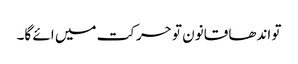
تو اندھا قانون تو حرکت میں ائے گا۔